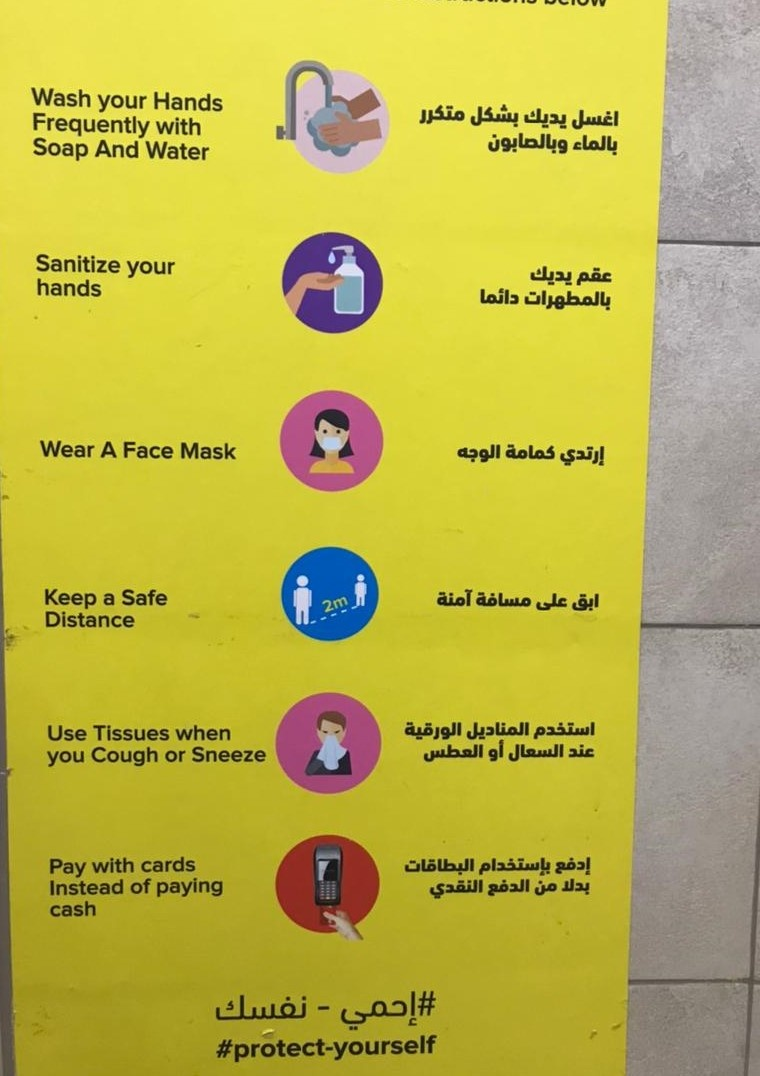
Text in image: بشكل متكرر اغسل يديك وبالصابون بالماء عقم يديك دائما بالمطهرات إرتدي كمامة الوجه آمنة مسافة على ابق استخدم المناديل الورقية أو السعال عند العطس إدفع البطاقات بإستخدام الدفع بدلا من النقدي نفسك إحمي Wash your Hands Frequently with Soap And Water Sanitize your hands Wear A Face Mask Safe Keep a Distance Use Tissues when you Cough or Sneeze cards with Pay of Instead paying cash protect-yourself